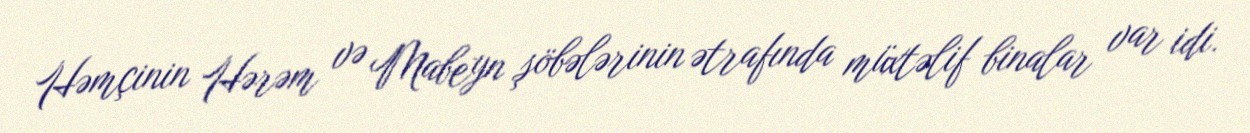
Həmçinin Hərəm və Mabeyn şöbələrinin ətrafında müxtəlif binalar var idi.